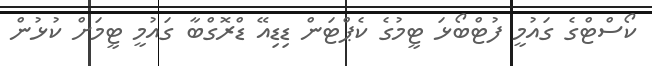
ކޯސްޓްގެ ގައުމީ ފުޓްބޯޅަ ޓީމުގެ ކެޕްޓަން ޑިޑިއޭ ޑްރޮގްބާ ގައުމީ ޓީމަށް ކުޅުން